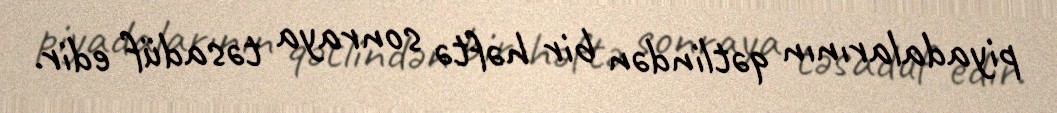
piyadalarının qətlindən bir həftə sonraya təsadüf edir.